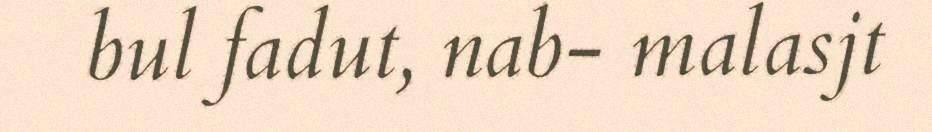
bul fadut, nab- malasjt